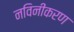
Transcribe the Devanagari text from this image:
नविनीकरण